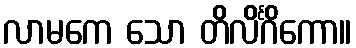
လာမကေ သော တိလိင်္ဂိကော။